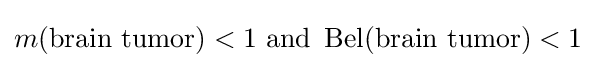
m({\text{brain tumor}})<1{\text{ and }}\operatorname {Bel} ({\text{brain tumor}})<1